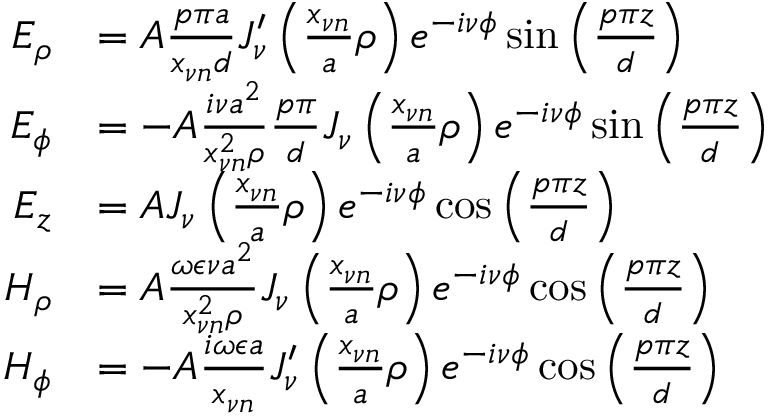
\begin{array} { r l } { E _ { \rho } } & { = A \frac { p \pi a } { x _ { \nu n } d } J _ { \nu } ^ { \prime } \left( \frac { x _ { \nu n } } { a } \rho \right) e ^ { - i \nu \phi } \sin \left( \frac { p \pi z } { d } \right) } \\ { E _ { \phi } } & { = - A \frac { i \nu a ^ { 2 } } { x _ { \nu n } ^ { 2 } \rho } \frac { p \pi } { d } J _ { \nu } \left( \frac { x _ { \nu n } } { a } \rho \right) e ^ { - i \nu \phi } \sin \left( \frac { p \pi z } { d } \right) } \\ { E _ { z } } & { = A J _ { \nu } \left( \frac { x _ { \nu n } } { a } \rho \right) e ^ { - i \nu \phi } \cos \left( \frac { p \pi z } { d } \right) } \\ { H _ { \rho } } & { = A \frac { \omega \epsilon \nu a ^ { 2 } } { x _ { \nu n } ^ { 2 } \rho } J _ { \nu } \left( \frac { x _ { \nu n } } { a } \rho \right) e ^ { - i \nu \phi } \cos \left( \frac { p \pi z } { d } \right) } \\ { H _ { \phi } } & { = - A \frac { i \omega \epsilon a } { x _ { \nu n } } J _ { \nu } ^ { \prime } \left( \frac { x _ { \nu n } } { a } \rho \right) e ^ { - i \nu \phi } \cos \left( \frac { p \pi z } { d } \right) } \end{array}